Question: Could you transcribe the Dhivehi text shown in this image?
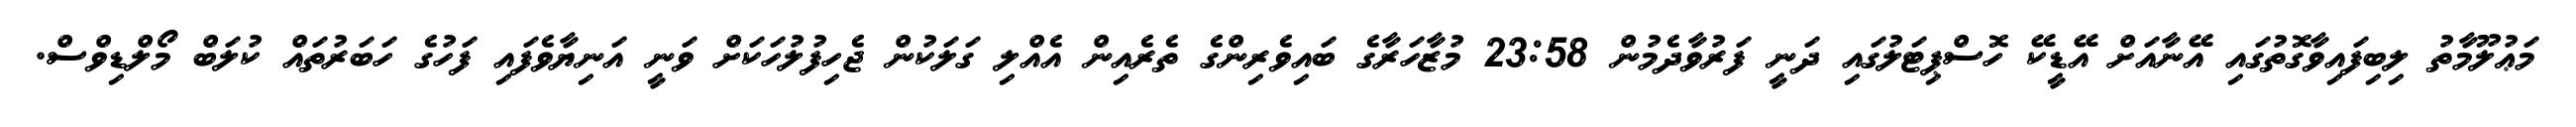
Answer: މަޢުލޫމާތު ލިބިފައިވާގޮތުގައި އޭނާއަށް އޭޑީކޭ ހޮސްޕިޓަލުގައި ދަނީ ފަރުވާދެމުން 23:58 މުޒާހަރާގެ ބައިވެރިންގެ ތެރެއިން އެއްލި ގަލަކުން ޖެހިފުލުހަކަށް ވަނީ އަނިޔާވެފައި ފަހުގެ ހަބަރުތައް ކުލަބް މޯލްޑިވްސް.